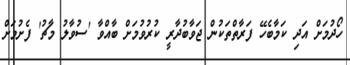
ހޯދުމަށް އަދި ކަމާބެހޭ ފަރާތްތަކުން ޖަވާބުދާރީ ކުރުވުމަށް ބާއްވާ 'ސުވާލު މާޗު' ފެށުމަށް